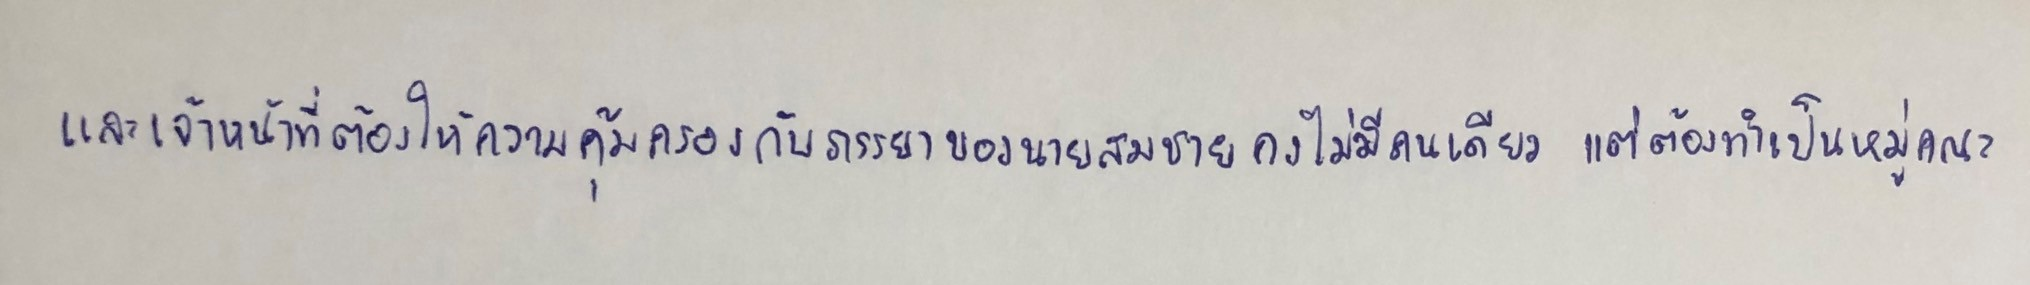
และเจ้าหน้าที่ต้องให้ความคุ้มครองกับภรรยาของนายสมชายคงไม่มีคนเดียวแต่ต้องทำเป็นหมู่คณะ